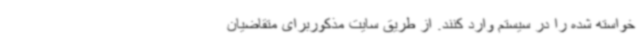
خواسته شده را در سیستم وارد کنند. از طریق سایت مذکوربرای متقاضیان